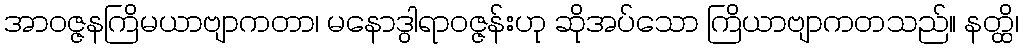
အာဝဇ္ဇနကြိမယာဗျာကတာ၊ မနောဒွါရာဝဇ္ဇန်းဟု ဆိုအပ်သော ကြိယာဗျာကတသည်။ နတ္ထိ၊